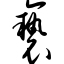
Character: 亵